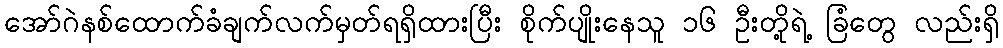
အော်ဂဲနစ်ထောက်ခံချက်လက်မှတ်ရရှိထားပြီး စိုက်ပျိုးနေသူ ၁၆ ဦးတို့ရဲ့ ခြံတွေ လည်းရှိ